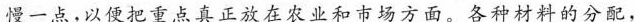
慢一点，以便把重点真正放在农业和市场方面。各种材料的分配，